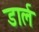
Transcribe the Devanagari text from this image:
डार्ल